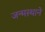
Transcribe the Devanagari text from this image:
जन्मस्थाने